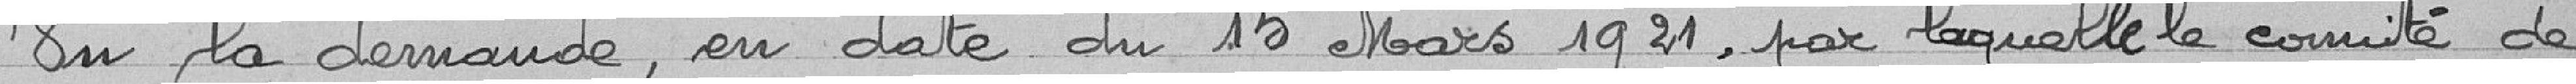
Vu la demande en date du 15 Mars 1921, par laquelle le comité de